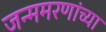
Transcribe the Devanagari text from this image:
जन्ममरणांच्या